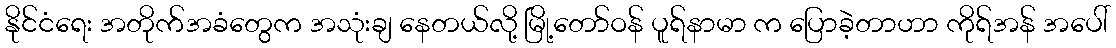
နိုင်ငံရေး အတိုက်အခံတွေက အသုံးချ နေတယ်လို့ မြို့တော်ဝန် ပူရ်နာမာ က ပြောခဲ့တာဟာ ကိုရ်အန် အပေါ်